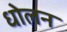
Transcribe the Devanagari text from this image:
धोलन